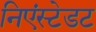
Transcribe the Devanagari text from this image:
निएंस्टेडट